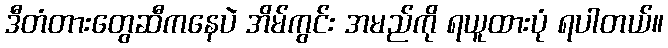
ဒီတံတားတွေဆီကနေပဲ အိမ်ကွင်း အမည်ကို ရယူထားပုံ ရပါတယ်။